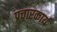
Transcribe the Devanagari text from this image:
प्रचारकार्य